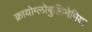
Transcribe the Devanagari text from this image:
क्रायोग्लोबुलिनेमिया